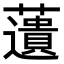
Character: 𧂠